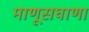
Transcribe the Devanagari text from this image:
माणूसघाणा